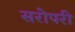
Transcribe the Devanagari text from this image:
सरोपरी